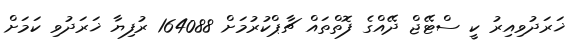
ޚަރަދުވިއިރު ކީ ސްޓޭޖް ދޭއްގެ ފޮތްތައް ޗާޕްކުރުމަށް 164088 ރުފިޔާ ޚަރަދުވި ކަމަށް